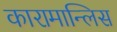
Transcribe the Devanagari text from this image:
कारामान्लिस